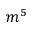
m ^ { 5 }